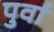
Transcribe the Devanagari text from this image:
पुर्वा